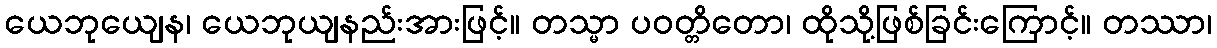
ယေဘုယျေန၊ ယေဘုယျနည်းအားဖြင့်။ တသ္မာ ပဝတ္တိတော၊ ထိုသို့ဖြစ်ခြင်းကြောင့်။ တဿာ၊